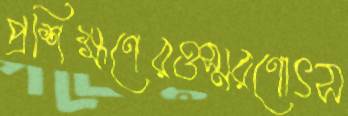
প্রশিক্ষণেরওস্মরণোৎস